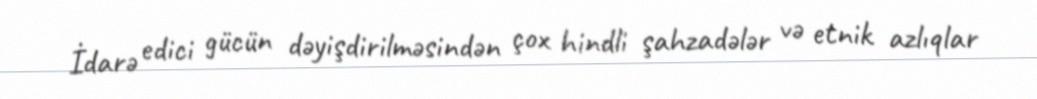
İdarə edici gücün dəyişdirilməsindən çox hindli şahzadələr və etnik azlıqlar